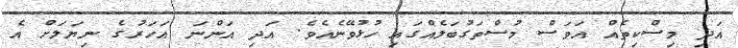
އަދި މިސްކިތެއް އަވަސް މުސްތަގުބަލެއްގައި ހުޅުވޭނެއެވެ. އަދި އަންނަ އަހަރުގެ ނިޔަލަށް އެ